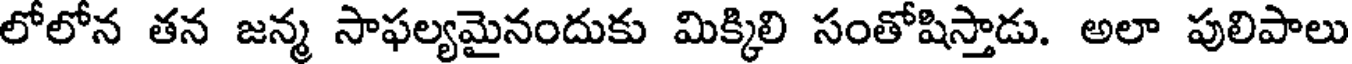
లోలోన తన జన్మ సాఫల్యమైనందుకు మిక్కిలి సంతోషిస్తాడు. అలా పులిపాలు